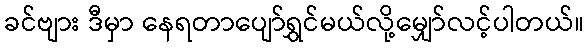
ခင်ဗျား ဒီမှာ နေရတာပျော်ရွှင်မယ်လို့မျှော်လင့်ပါတယ်။